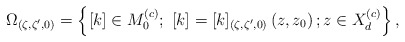
\begin{align*}\Omega _{(\zeta ,\zeta ^{\prime },0)}=\left\{ [k]\in M_{0}^{\left( c\right) }; \ [k]=[k]_{(\zeta ,\zeta ^{\prime },0)}\left( z,z_{0}\right) ;z\in X_{d}^{\left(c\right) }\right\} ,\end{align*}